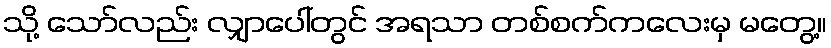
သို့ သော်လည်း လျှာပေါ်တွင် အရသာ တစ်စက်ကလေးမှ မတွေ့။